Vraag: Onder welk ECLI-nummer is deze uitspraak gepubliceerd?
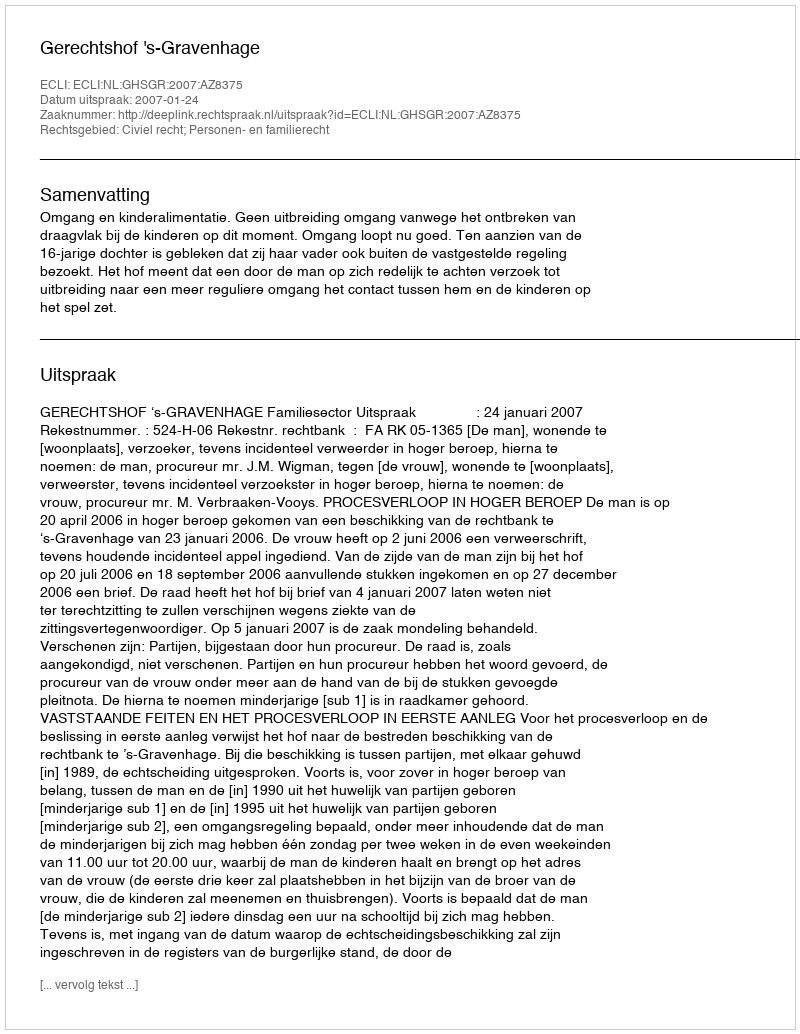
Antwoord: ECLI:NL:GHSGR:2007:AZ8375